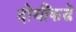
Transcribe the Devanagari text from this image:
दोघींकडे